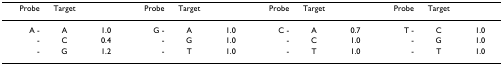
<table><thead><tr><td><b>Probe</b></td><td><b>Target</b></td><td></td><td><b>Probe</b></td><td><b>Target</b></td><td></td><td><b>Probe</b></td><td><b>Target</b></td><td></td><td><b>Probe</b></td><td><b>Target</b></td><td></td></tr></thead><tbody><tr><td>A -</td><td>A</td><td>1.0</td><td>G -</td><td>A</td><td>1.0</td><td>C -</td><td>A</td><td>0.7</td><td>T -</td><td>C</td><td>1.0</td></tr><tr><td>-</td><td>C</td><td>0.4</td><td>-</td><td>G</td><td>1.0</td><td>-</td><td>C</td><td>1.0</td><td>-</td><td>G</td><td>1.0</td></tr><tr><td>-</td><td>G</td><td>1.2</td><td>-</td><td>T</td><td>1.0</td><td>-</td><td>T</td><td>1.0</td><td>-</td><td>T</td><td>1.0</td></tr></tbody></table>